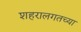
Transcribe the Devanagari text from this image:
शहरालगतच्या